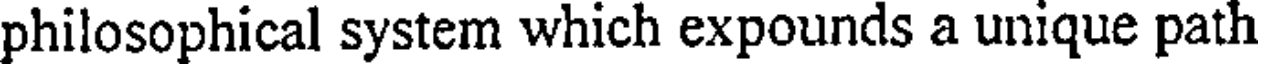
philosophical system which expounds a unique path